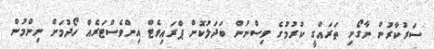
ސަރުކާރުން ނާގޯށި ތަރައްގީ ކުރުމުގެ ވިސްނުން ބަދަލުކޮށް ޕްރައިވެޓް އިންވެސްޓަރެއް ހޯދުމަށް ނިންމުން